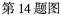
第14题图